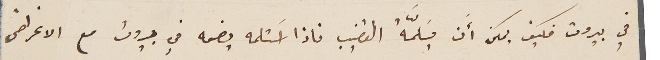
في بيروت فكيف  يمكن أَن يسَلَّمهُ القضيب فاذا اَستلمه يضمه في بيروت مع الاغراض